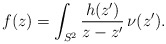
\begin{align*} f(z)=\int_{S^2}\frac{h(z')}{z-z'}\,\nu(z').\end{align*}